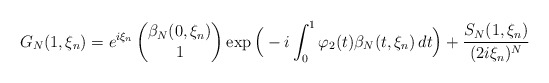
\begin{align*}G_N(1,\xi_n)= e^{i\xi_n} \begin{pmatrix}\beta_N(0,\xi_n)\\1\end{pmatrix} \exp\Big(-i \int_0^1\varphi_2(t)\beta_N(t,\xi_n)\,dt\Big)+\frac{S_N(1,\xi_n)}{(2i\xi_n)^N}\end{align*}